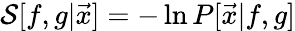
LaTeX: \mathcal{S}[f,g|\vec{x}]=-\ln P[\vec{x}|f,g]